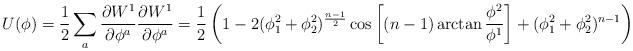
LaTeX: \begin{align*}U(\phi)=\frac{1}{2} \sum_a \frac{\partial W^1}{\partial\phi^a} \frac{\partial W^1}{\partial \phi^a} =\frac{1}{2}\left(1- 2(\phi_1^2+ \phi_2^2)^{\frac{n-1}{2}} \cos \left[ (n-1) \arctan\frac{\phi^2}{\phi^1}\right] + (\phi_1^2 +\phi_2^2)^{n-1}\right)\end{align*}